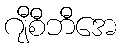
ဂျီစီဘီအေ